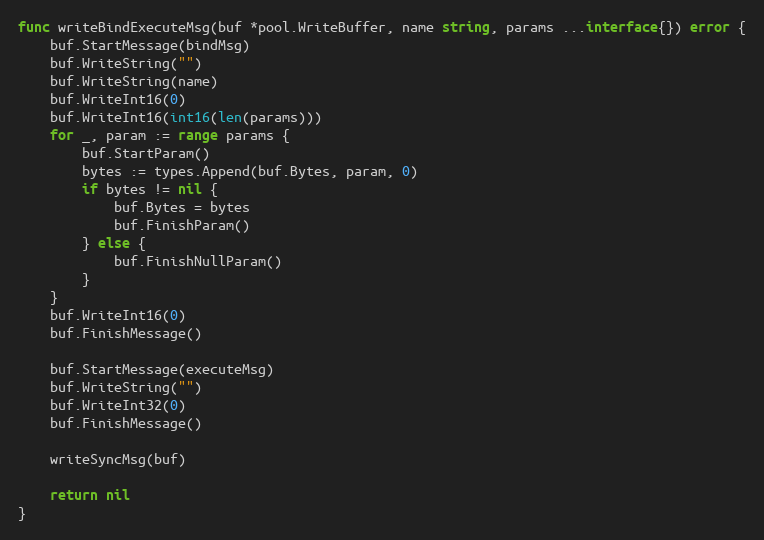
Language: Go
func writeBindExecuteMsg(buf *pool.WriteBuffer, name string, params ...interface{}) error {
	buf.StartMessage(bindMsg)
	buf.WriteString("")
	buf.WriteString(name)
	buf.WriteInt16(0)
	buf.WriteInt16(int16(len(params)))
	for _, param := range params {
		buf.StartParam()
		bytes := types.Append(buf.Bytes, param, 0)
		if bytes != nil {
			buf.Bytes = bytes
			buf.FinishParam()
		} else {
			buf.FinishNullParam()
		}
	}
	buf.WriteInt16(0)
	buf.FinishMessage()

	buf.StartMessage(executeMsg)
	buf.WriteString("")
	buf.WriteInt32(0)
	buf.FinishMessage()

	writeSyncMsg(buf)

	return nil
}